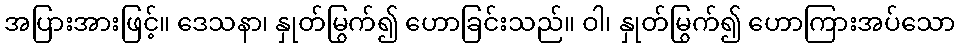
အပြားအားဖြင့်။ ဒေသနာ၊ နှုတ်မြွက်၍ ဟောခြင်းသည်။ ဝါ၊ နှုတ်မြွက်၍ ဟောကြားအပ်သော